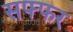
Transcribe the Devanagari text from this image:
सफ्फर